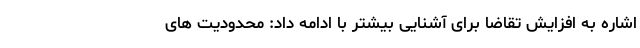
اشاره به افزایش تقاضا برای آشنایی بیشتر با ادامه داد: محدودیت های